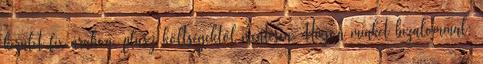
kerület fix árakon, plusz költségektől mentesen. Hívjon minket bizalommal: